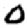
Digit: 0